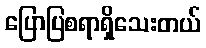
ပြောပြစရာရှိသေးတယ်